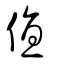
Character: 值